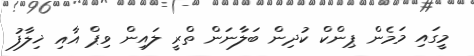
މީގައި މަމެން ޕިންކް ކުދިން ބަލާނަން ތްރީ ލައިން ވިޕް އާއި ޚިލާފު